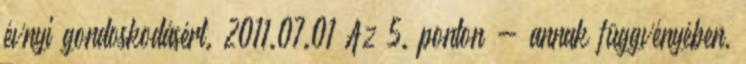
évnyi gondoskodásért. 2011.07.01 Az 5. ponton - annak függvényében,